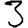
Digit: 3